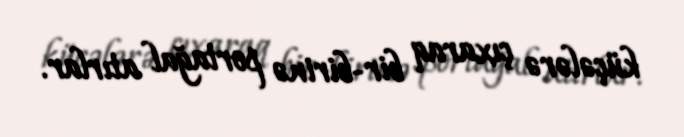
küçələrə çıxaraq bir-birinə portağal atırlar.